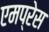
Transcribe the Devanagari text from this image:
एमप्रेस